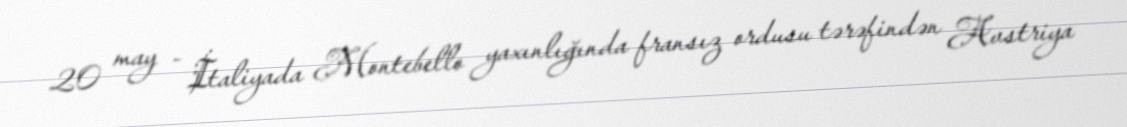
20 may - İtaliyada Montebello yaxınlığında fransız ordusu tərəfindən Avstriya